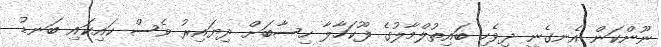
ނޫންކަން އެނގެނީ ދިވެހި ބައިތުލްމާލުގެ ފޫކަހާލާ ހިސާބަށް ދިޔައިރު ވެސް ކައިކައި ބަނޑު